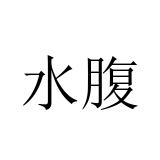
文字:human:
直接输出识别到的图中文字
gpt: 水腹